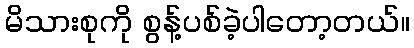
မိသားစုကို စွန့်ပစ်ခဲ့ပါတော့တယ်။